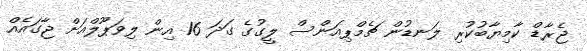
ޖެރާޑް ކާމިޔާބުކުރި ލަނޑުން ޗެމްޕިއަންސް ލީގުގެ ގަދަ 16 އިން ލިވަޕޫލްއަށް ޖާގައެއް